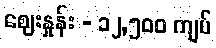
ဈေးနှုန်း - ၁၂,၅၀၀ ကျပ်